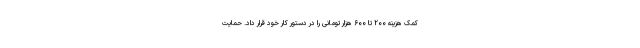
کمک هزینه ۲۰۰ تا ۶۰۰ هزار تومانی را در دستور کار خود قرار داد. حمایت